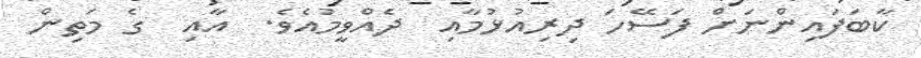
ކާބަފައިންނަށް ފަސޭހަ ދިރިއުޅުމާއި  ދެއްވީމުއެވެ.  އާއި  ގެ މަތިން